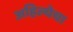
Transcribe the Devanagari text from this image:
अहिल्येचा